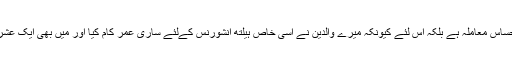
اس لئے نہیں کہ ہیلتھ ایک حساس معاملہ ہے بلکہ اس لئے کیونکہ میرے والدین نے اسی خاص ہیلتھ انشورنس کےلئے ساری عمر کام کیا اور میں بھی ایک عشرے تک اسی پر کام کیا ہے۔